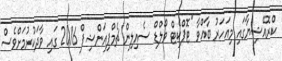
ކްރޮއޭޝިޔާގައި މިއަހަރު ބާއްވާ "ޓޮޕްކެޓް ވޯލްޑް ސެއިލިން ޗެމްޕިއަންޝިޕް 2016 ގައި ވާދަކުރުމަށްވެސް